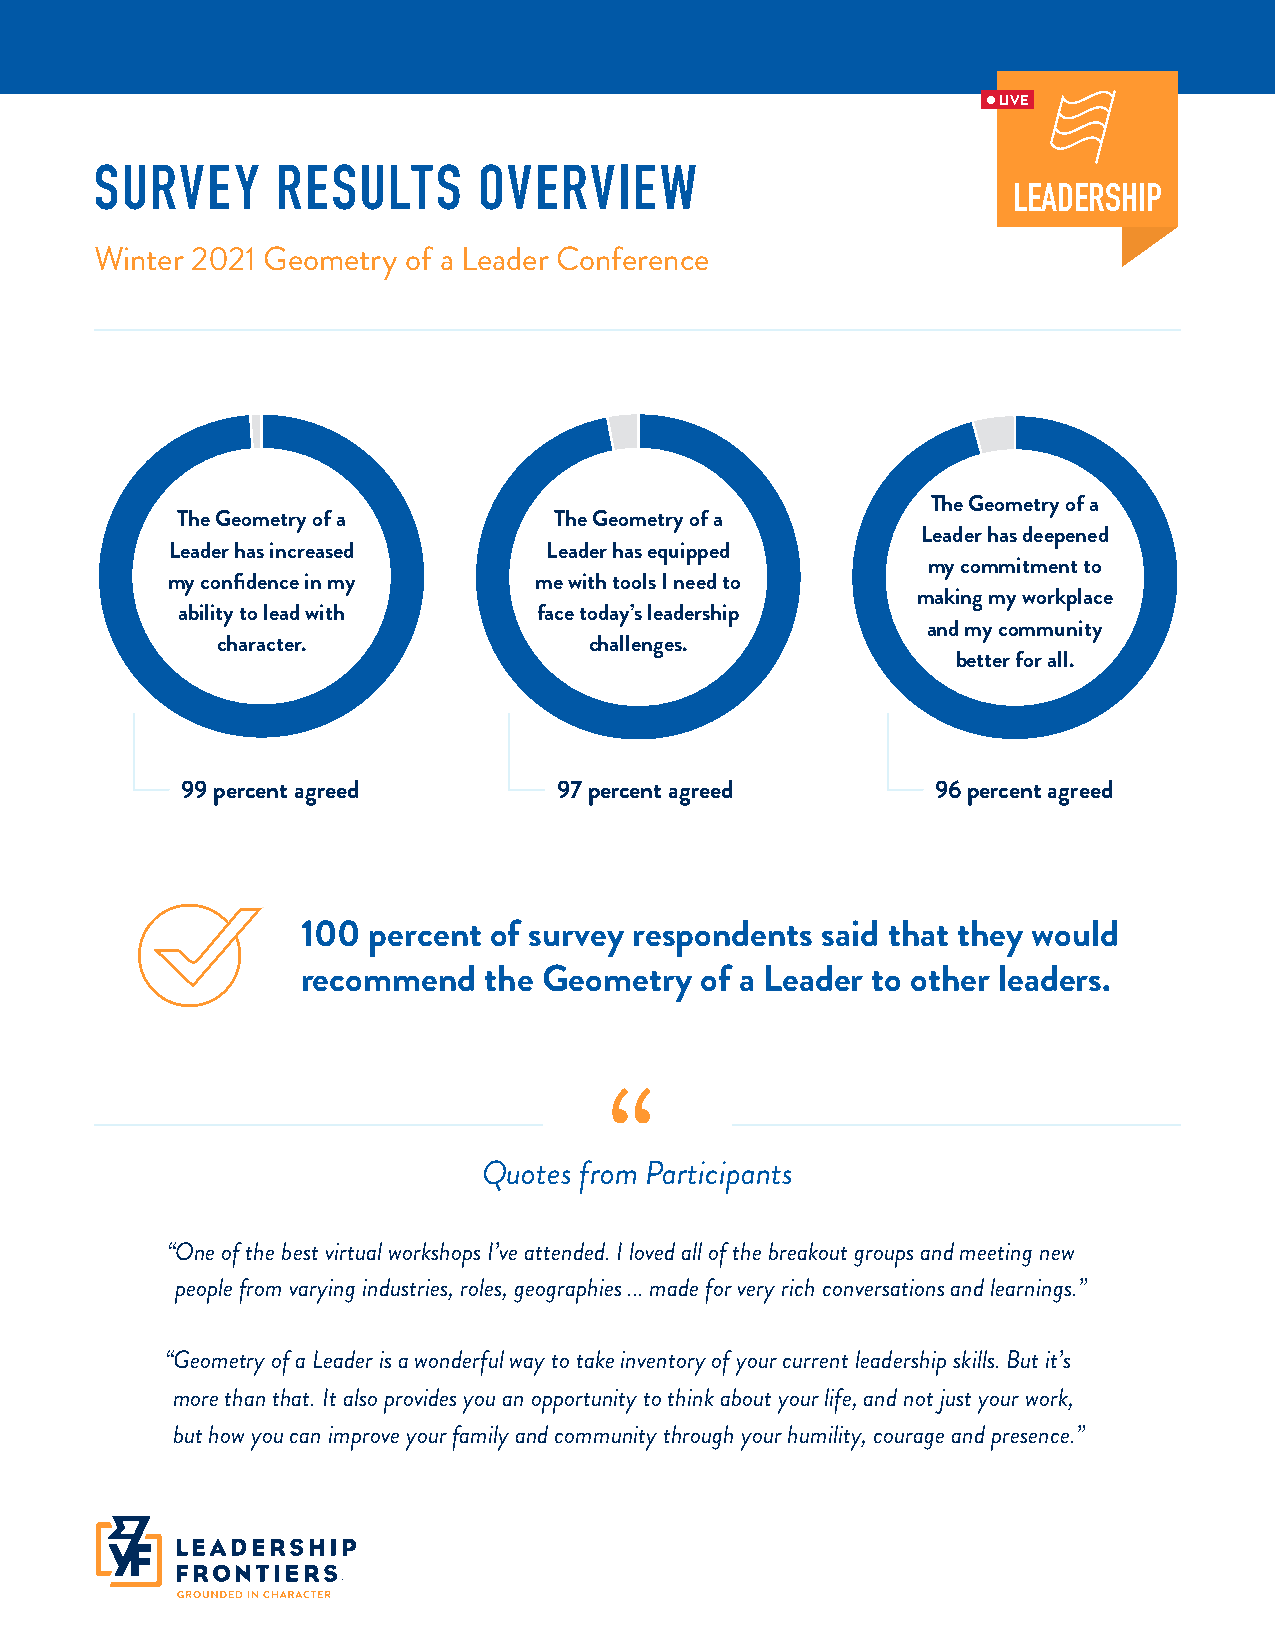
LIVE
 SURVEY      RESULTS       OVERVIEW
 LEADERSHIP
 Winter 2021 Geometry of a Leader Conference
 The Geometry of a
 The Geometry of a        The Geometry of a
 Leader has deepened
 Leader has increased     Leader has equipped
 my commitment to
 my confidence in my     me with tools I need to
 making my workplace
 ability to lead with    face today’s leadership
 and my community
 character.               challenges.
 better for all.
 99 percent agreed        97 percent agreed        96 percent agreed
 100 percent of survey respondents said that they would
 recommend   the Geometry  of a Leader to other leaders.
 “
 Quotes from Participants
 “One of the best virtual workshops I’ve attended. I loved all of the breakout groups and meeting new
 people from varying industries, roles, geographies ... made for very rich conversations and learnings.”
 “Geometry of a Leader is a wonderful way to take inventory of your current leadership skills. But it’s
 more than that. It also provides you an opportunity to think about your life, and not just your work,
 but how you can improve your family and community through your humility, courage and presence.”